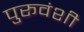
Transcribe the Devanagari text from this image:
पुरूवंशी